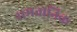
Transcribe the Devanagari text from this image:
समतानिक